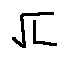
\sqrt { L }